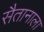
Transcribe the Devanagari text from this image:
सैतानाला